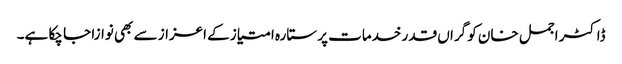
ڈاکٹر اجمل خان کو گراں قدر خدمات پر ستارہ امتیاز کے اعزاز سے بھی نوازا جا چکا ہے۔